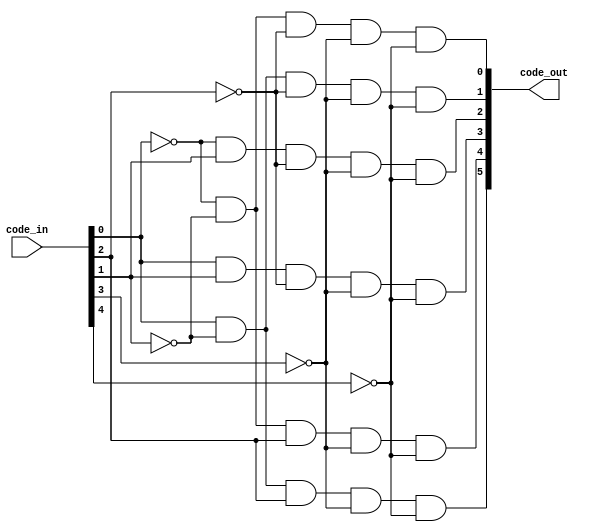
module opcode_decoder(code_in, code_out);
	input [4:0] code_in;
	output [5:0] code_out;
	wire [5:0] code_out;
	and(code_out[0], ~code_in[0], ~code_in[1], ~code_in[2], ~code_in[3], ~code_in[4]); 
	and(code_out[1],  code_in[0], ~code_in[1], ~code_in[2], ~code_in[3], ~code_in[4]); 
	and(code_out[2], ~code_in[0],  code_in[1], ~code_in[2], ~code_in[3], ~code_in[4]); 
	and(code_out[3],  code_in[0],  code_in[1], ~code_in[2], ~code_in[3], ~code_in[4]); 
	and(code_out[4], ~code_in[0], ~code_in[1],  code_in[2], ~code_in[3], ~code_in[4]); 
	and(code_out[5],  code_in[0], ~code_in[1],  code_in[2], ~code_in[3], ~code_in[4]); 
endmodule